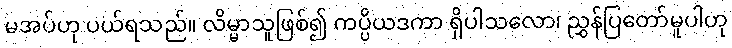
မအပ်ဟု ပယ်ရသည်။ လိမ္မာသူဖြစ်၍ ကပ္ပိယဒကာ ရှိပါသလော၊ ညွှန်ပြတော်မူပါဟု